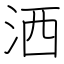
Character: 洒